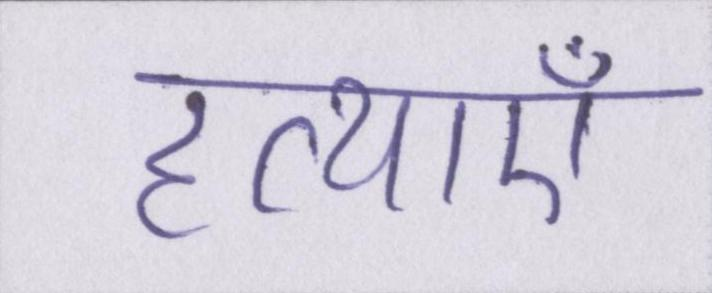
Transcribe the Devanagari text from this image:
हत्याएं